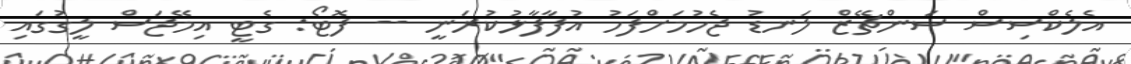
އެލެކްސިސް ސަންޗޭޒް ލަނޑު ޖެހުމަށްފަހު އުފާފާޅުކުރަނީ -- ފޮޓޯ: ގެޓީ އިމޭޖަސް ލީގުގައި